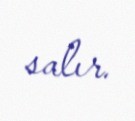
salır.